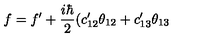
f = f ^ { \prime } + { \frac { i \hbar } { 2 } } ( c _ { 1 2 } ^ { \prime } \theta _ { 1 2 } + c _ { 1 3 } ^ { \prime } \theta _ { 1 3 }